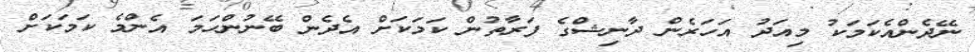
ނޭދެންއެކަމަކު މިއަދު އަހަރެން ދާނިޝްގެ ފަރާތުން ކަމަކަށް އެދެން ބޭނުންހަމަ އެންމެ ކަމަކަށް